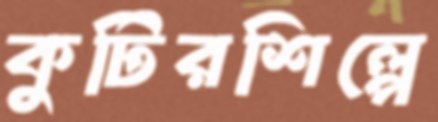
কুটিরশিল্পে